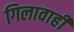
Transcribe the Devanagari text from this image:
गिलावाही